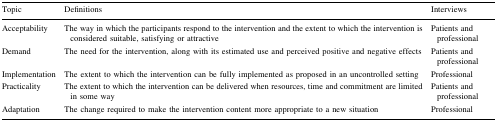
<table><thead><tr><td><b>Topic</b></td><td><b>Definitions</b></td><td><b>Interviews</b></td></tr></thead><tbody><tr><td>Acceptability</td><td>The way in which the participants respond to the intervention and the extent to which the intervention is considered suitable, satisfying or attractive</td><td>Patients and professional</td></tr><tr><td>Demand</td><td>The need for the intervention, along with its estimated use and perceived positive and negative effects</td><td>Patients and professional</td></tr><tr><td>Implementation</td><td>The extent to which the intervention can be fully implemented as proposed in an uncontrolled setting</td><td>Professional</td></tr><tr><td>Practicality</td><td>The extent to which the intervention can be delivered when resources, time and commitment are limited in some way</td><td>Patients and professional</td></tr><tr><td>Adaptation</td><td>The change required to make the intervention content more appropriate to a new situation</td><td>Professional</td></tr></tbody></table>